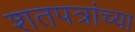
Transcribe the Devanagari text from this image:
शतपत्रांच्या